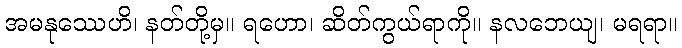
အမနုဿေဟိ၊ နတ်တို့မှ။ ရဟော၊ ဆိတ်ကွယ်ရာကို။ နလဘေယျ၊ မရရာ။